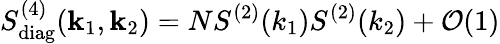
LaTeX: S_{\mathrm{diag}}^{(4)}(\textbf{k}_{1},\textbf{k}_{2})=NS^{(2)}(k_{1})S^{(2)}(k_{2})+\mathcal{O}(1)